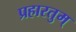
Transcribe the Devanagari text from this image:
प्रहारतुम्